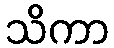
သိကာ